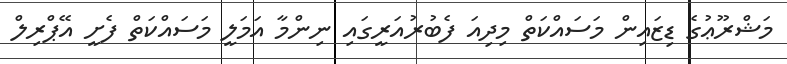
މަޝްރޫޢުގެ ޑިޒައިން މަސައްކަތް މިދިއަ ފެބުރުއަރީގައި ނިންމާ އަމަލީ މަސައްކަތް ފެށީ އޭޕްރިލް